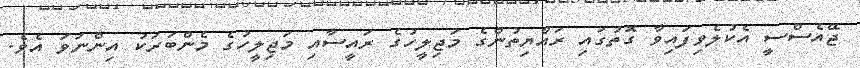
ޖޭއެސްސީ އެކުލެވިފައިވާ ގޮތުގައި ރައްޔިތުންގެ މަޖިލީހުގެ ރައީސާއި މަޖިލީހުގެ މެންބަރަކު އިންނަވަ އެވެ.